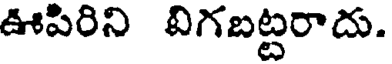
ఊపిరిని విగబట్టరాదు.